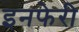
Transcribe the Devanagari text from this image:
इनफेरी